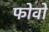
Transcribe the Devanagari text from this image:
फोवो